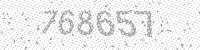
Solution: 768657